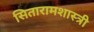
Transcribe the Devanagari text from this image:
सितारामशास्त्री